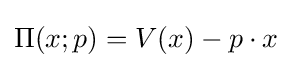
\Pi (x;p)=V(x)-p\cdot x